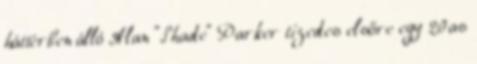
háttérben álló Alan "Shade" Parker tizedes elsőre egy 20as